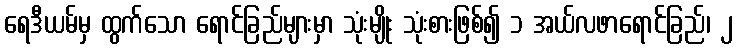
ရေဒီယမ်မှ ထွက်သော ရောင်ခြည်များမှာ သုံးမျိုး သုံးစားဖြစ်၍ ၁ အယ်လဖာရောင်ခြည်၊ ၂